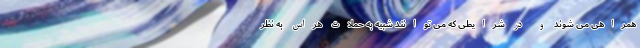
همراهی می شوند و در شرایطی که می توانند شبیه به حملات هراس به نظر